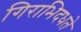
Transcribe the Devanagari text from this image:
गिराभिदधते